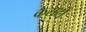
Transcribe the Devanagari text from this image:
कैसटों